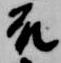
殿